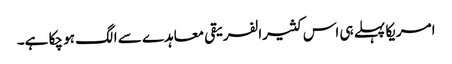
امریکا پہلے ہی اس کثیرالفریقی معاہدے سے الگ ہو چکا ہے۔